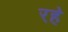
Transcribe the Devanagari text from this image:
रह॓